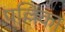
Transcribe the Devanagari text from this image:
पल्लिका